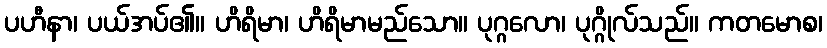
ပဟီနာ၊ ပယ်အပ်၏။ ဟိရိမာ၊ ဟိရိမာမည်သော။ ပုဂ္ဂလော၊ ပုဂ္ဂိုလ်သည်။ ကတမောစ၊